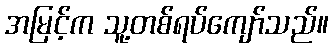
အမြင့်က သူ့တစ်ရပ်ကျော်သည်။